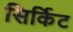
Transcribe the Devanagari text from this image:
सिर्किट